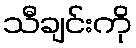
သီချင်းကို